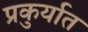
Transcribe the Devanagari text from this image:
प्रकुर्यात